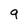
Character: 9